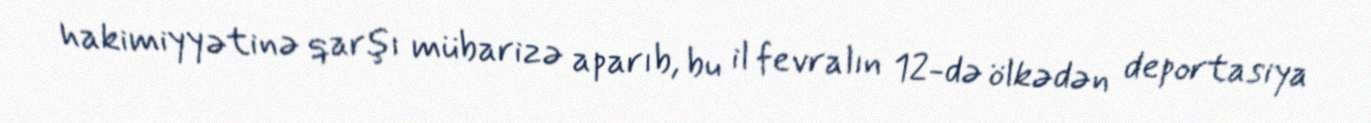
hakimiyyətinə qarşı mübarizə aparıb, bu il fevralın 12-də ölkədən deportasiya